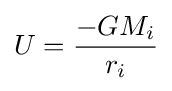
U={\frac {-GM_{i}}{r_{i}}}